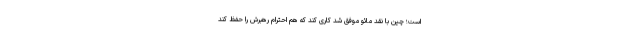
است؛ چین با نقد مائو موفق شد کاری کند که هم احترام رهبرش را حفظ کند